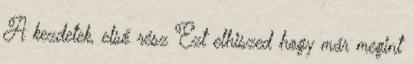
A kezdetek, első rész Ezt elhiszed hogy már megint